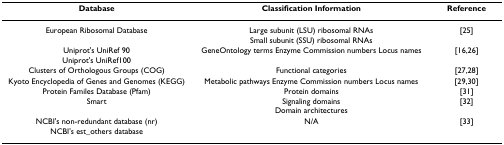
<table><thead><tr><td><b>Database</b></td><td><b>Classification Information</b></td><td><b>Reference</b></td></tr></thead><tbody><tr><td>European Ribosomal Database</td><td>Large subunit (LSU) ribosomal RNAsSmall subunit (SSU) ribosomal RNAs</td><td>[25]</td></tr><tr><td>Uniprot&#x27;s UniRef 90</td><td>GeneOntology terms Enzyme Commission numbers Locus names</td><td>[16,26]</td></tr><tr><td>Uniprot&#x27;s UniRef100</td><td></td><td></td></tr><tr><td>Clusters of Orthologous Groups (COG)</td><td>Functional categories</td><td>[27,28]</td></tr><tr><td>Kyoto Encyclopedia of Genes and Genomes (KEGG)</td><td>Metabolic pathways Enzyme Commission numbers Locus names</td><td>[29,30]</td></tr><tr><td>Protein Familes Database (Pfam)</td><td>Protein domains</td><td>[31]</td></tr><tr><td>Smart</td><td>Signaling domainsDomain architectures</td><td>[32]</td></tr><tr><td>NCBI&#x27;s non-redundant database (nr)</td><td>N/A</td><td>[33]</td></tr><tr><td>NCBI&#x27;s est_others database</td><td></td><td></td></tr></tbody></table>